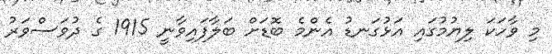
މި ވާހަކަ ލިޔުމުގައި އަޅުގަނޑު އެންމެ ބޮޑަށް ބަލާފައިވާނީ 1915 ގެ ދުވަސްވަރު